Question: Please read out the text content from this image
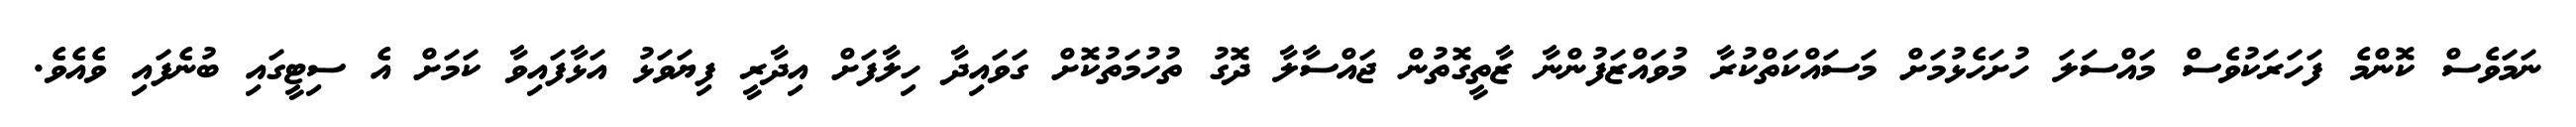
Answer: ނަމަވެސް ކޮންމެ ފަހަރަކުވެސް މައްސަލަ ހުށަހެޅުމަށް މަސައްކަތްކުރާ މުވައްޒަފުންނާ ޒާތީގޮތުން ޖައްސާލާ ދޮގު ތުހުމަތުކޮށް ގަވައިދާ ހިލާފަށް އިދާރީ ފިޔަވަޅު އަޅާފައިވާ ކަމަށް އެ ސިޓީގައި ބުނެފައި ވެއެވެ.